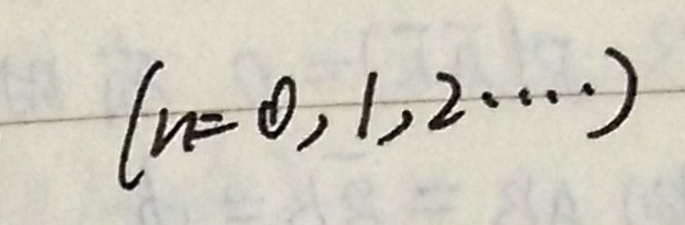
$(n = 0,1,2,\cdots)$